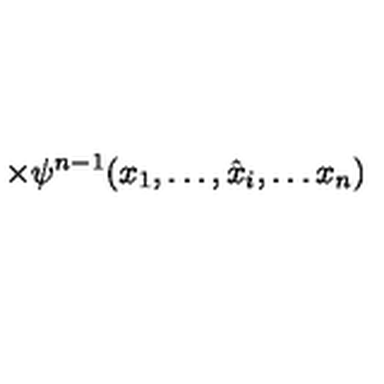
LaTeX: \times \psi ^ { n - 1 } ( x _ { 1 } , \ldots , \hat { x } _ { i } , \ldots x _ { n } )